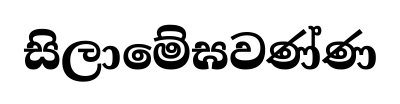
සිලාමේඝවණ්ණ